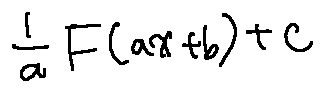
\frac { 1 } { a } F ( a x + b ) + C